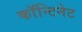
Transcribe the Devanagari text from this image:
काॅन्टिनेट